Bombay plague: being a history of the progress of plague in the Bombay presidency from September 1896 to June 1899
Year: 1896
Disease focus: Plague
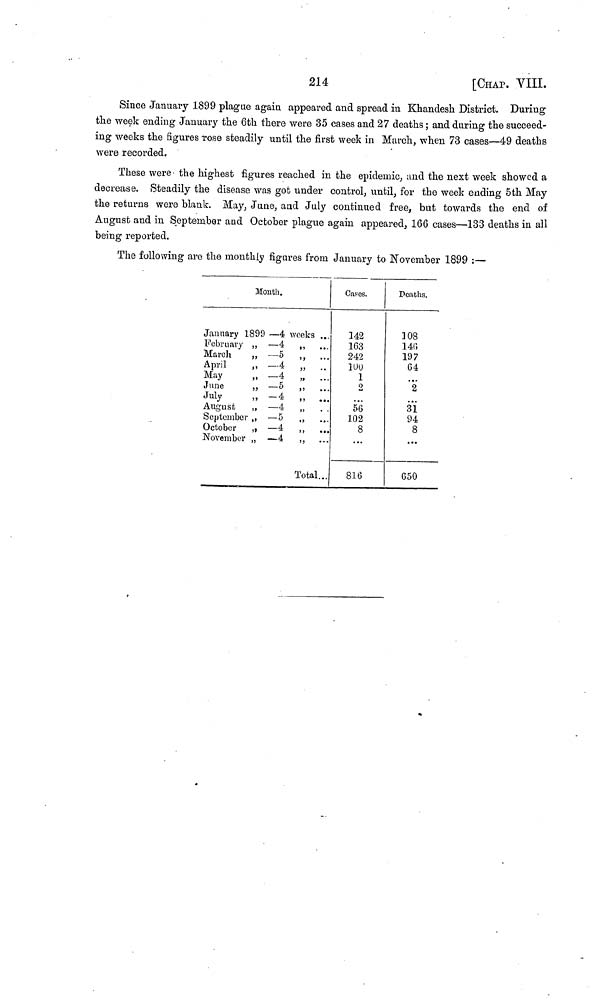
214
[CHAP. VIII.
Since January 1899 plague again appeared and spread in Khandesh District. During
the week ending January the 6th there were 35 cases and 27 deaths ; and during the succeed-
ing weeks the figures rose steadily until the first week in March, when 73 cases—49 deaths
were recorded.
These were · the highest figures reached in the epidemic, and the next week showed a
decrease. Steadily the disease was got under control, until, for the week ending 5th May
the returns were blank. May, June, and July continued free, but towards the end of
August and in September and October plague again appeared, 166 cases—133 deaths in all
being reported.
The following are the monthly figures from January to November 1899 :—
Month.
January 1899 —4
February ,, — 4
March
,,
—5
April
,,
— 4
May
,,
— 4
June
,,
— 5
July
,,
—4
August ,, — 4
September ,, — 5
October ,, — 4
November ,, — 4
weeks
...
...
...
...
...
...
...
··
Total...
Cases.
142
163
242
100
1
2
...
56
102
8
...
816
Peaths.
108
146
197
64
...
2
...
31
94
8
...
650